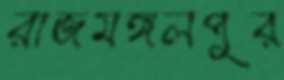
রাজমঙ্গলপুর